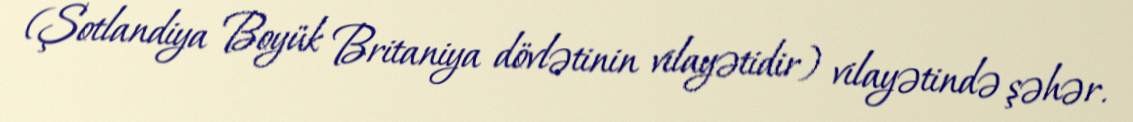
(Şotlandiya Boyük Britaniya dövlətinin vilayətidir) vilayətində şəhər.